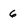
Character: 6